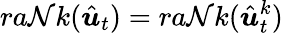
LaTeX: ra\mathcal{N}k(\hat{{\boldsymbol{u}}}_{t})=ra\mathcal{N}k(\hat{{\boldsymbol{u}}}_{t}^{k})